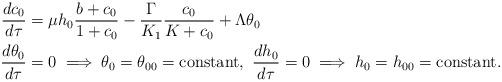
LaTeX: \begin{align*}\frac{dc_0}{d\tau}&=\mu h_0\frac{b+c_0}{1+c_0}-\frac{\Gamma}{K_1}\frac{c_0}{K+c_0}+\Lambda\theta_0\\\frac{d\theta_0}{d\tau}&=0\implies \theta_0=\theta_{00}={\rm constant,}\,\,\,\frac{dh_0}{d\tau}=0\implies h_0=h_{00}={\rm constant}.\end{align*}